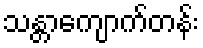
သန္တာကျောက်တန်း